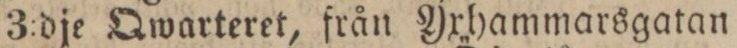
3:dje Qwarteret, från Yxhammarsgatan